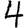
Digit: 4